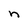
Character: n